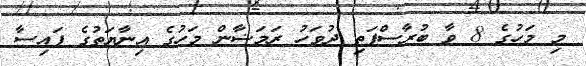
މި މަހުގެ 8 ވާ ބުރާސްފަތި ދުވަހު ރަމަޟާން މަހުގެ އިނާޔަތުގެ ފައިސާ